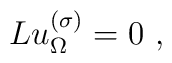
Lu_\Omega^{(\sigma)}=0\  ,